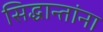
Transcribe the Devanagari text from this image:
सिद्धान्तांना